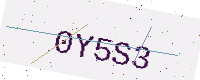
Text: 0Y5S3